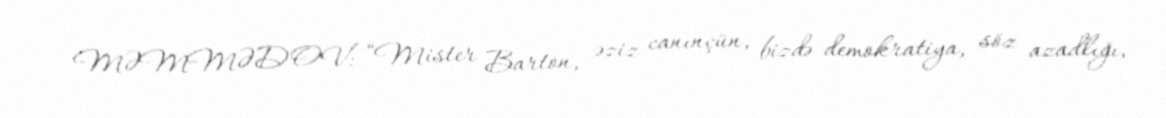
MƏMMƏDOV: “Mister Barton, əziz canınçün, bizdə demokratiya, söz azadlığı,